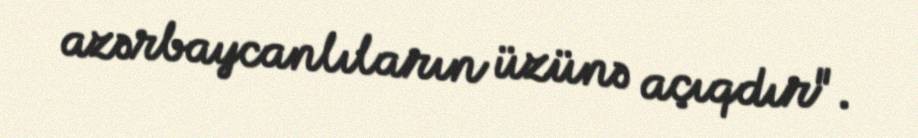
azərbaycanlıların üzünə açıqdır".